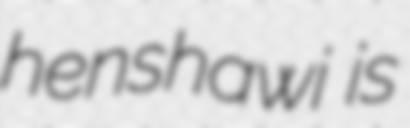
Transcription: henshawi is